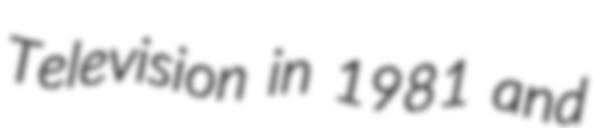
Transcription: Television in 1981 and